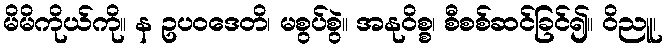
မိမိကိုယ်ကို။ န ဥပဝဒေတိ၊ မစွပ်စွဲ။ အနုဝိစ္စ၊ စီစစ်ဆင်ခြင်၍။ ဝိညူ၊